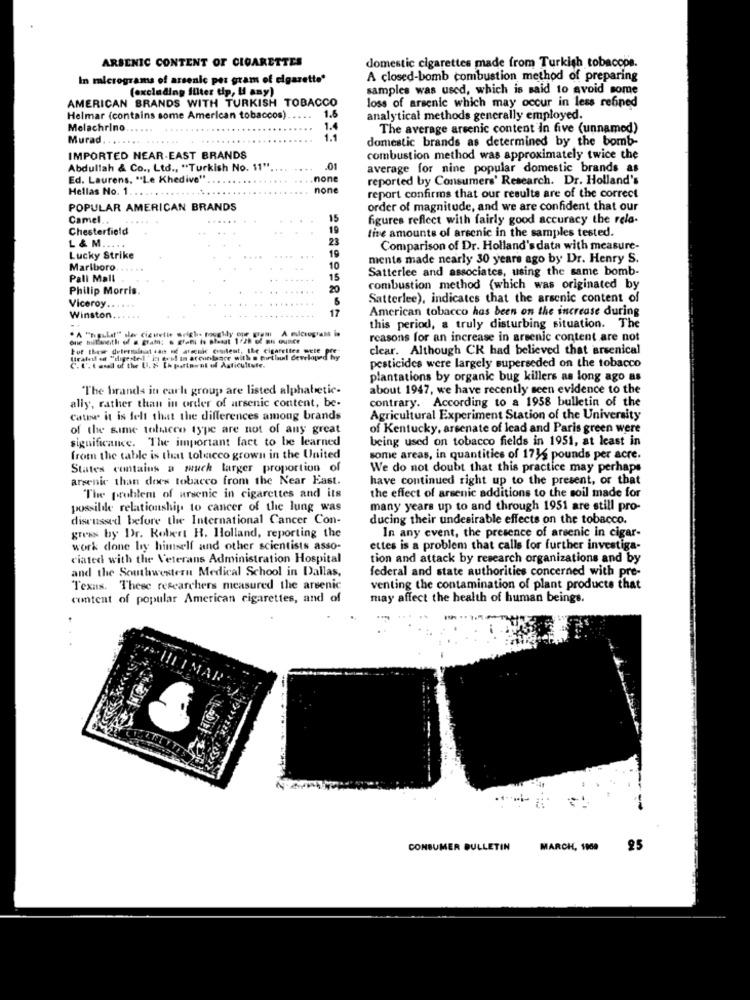
ARSENIC CONTENT OF CIGARETTES
domestic cigarettes made from Turkish tobaccos.
In micrograms of arsenic por gram of cigarette'
A closed-bomb combustion method of preparing
(excluding filter tip, If any)
samples was used, which is said to avoid some
AMERICAN BRANDS WITH TURKISH TOBACCO
loss of arsenic which may occur in less refined
1.6
Helmar (contains some American tobaccos)
analytical methods generally employed.
Melachrino ..
1.4
The average arsenic content in five (unnamed)
Murad.
1.1
domestic brands as determined by the bomb-
IMPORTED NEAR-EAST BRANDS
combustion method was approximately twice the
Abdullah & Co ., Ltd ., "Turkish No. 11"
.01
average for nine popular domestic brands as
Ed. Laurens. "Le Khedive" ..
.none
reported by Consumers' Research. Dr. Holland's
Hellas No. 1.
none
report confirms that our results are of the correct
POPULAR AMERICAN BRANDS
order of magnitude, and we are confident that our
Camel ..
15
figures reflect with fairly good accuracy the rela-
Chesterfield
line amounts of arsenic in the samples tested.
23
L & M ....
19
Comparison of Dr. Holland's data with measure-
Lucky Strike
ments made nearly 30 years ago by Dr. Henry S.
Marlboro
10
Satterlee and associates, using the same bomb-
Pall Mall
15
Philip Morris.
20
combustion method (which was originated by
Viceroy.
5
Satterlee), indicates that the arsenic content of
17
American tobacco has been on the increase during
Winston
this period, a truly disturbing situation. The
" A "nigulat" sler cizurtie ariche bougidy one gram A micrograss is
reasons for an increase in arsenic content are not
but these determaleat ian of arsenic content, ILe cigarettes pete pre-
clear. Although CK had believed that arsenical
(tralf et "digestel' in vel in accordance with . Bortla developed
C. U. tonal of the U. # [h pattoent of Asticultufe.
pesticides were largely superseded on the tobacco
plantations by organic bug killers as long ago as
The brands in carl group are listed alphabetic-
about 1947, we have recently seen evidence to the
ally, rather than in order of arsenic content, be-
contrary. According to a 1958 bulletin of the
Cather it is felt that the differences among brands
Agricultural Experiment Station of the University
of the same tobacco type are not of any great
of Kentucky, arsenate of lead and Paris green were
significance. The important fact to be learned
being used on tobacco fields in 1951, at least in
from the table is that tobacco grown in the United
some areas, in quantities of 1716 pounds per acre.
States contains a much larger proportion of
We do not doubt that this practice may perhaps
arsenic than does tobacco from the Near East.
have continued right up to the present, or that
the effect of arsenic additions to the soil made for
The problem of arsenic in cigarettes and its
possilde relationship to cancer of the lung was
many years up to and through 1951 are still pro-
discussed before the International Cancer Con-
ducing their undesirable effects on the tobacco.
In any event, the presence of arsenic in cigar-
gress by Dr. Robert H. Holland, reporting the
work done by himself and other scientists asso-
ettes is a problem that calls for further investiga-
ciated with the Veterans Administration Hospital
tion and attack by research organizations and by
and the Southwestern Medical School in Dallas,
federal and state authorities concerned with pre-
Texas. These researchers measured the arsenic
venting the contamination of plant products that
content of popular American cigarettes, and of
may affect the health of human beings.
CONSUMER BULLETIN
MARCH. 1009 25